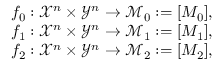
\begin{array} { r } { f _ { 0 } : \mathcal { X } ^ { n } \times \mathcal { Y } ^ { n } \to \mathcal { M } _ { 0 } : = [ M _ { 0 } ] , } \\ { f _ { 1 } : \mathcal { X } ^ { n } \times \mathcal { Y } ^ { n } \to \mathcal { M } _ { 1 } : = [ M _ { 1 } ] , } \\ { f _ { 2 } : \mathcal { X } ^ { n } \times \mathcal { Y } ^ { n } \to \mathcal { M } _ { 2 } : = [ M _ { 2 } ] , } \end{array}